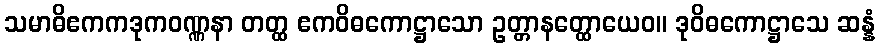
သမာဓိဧကကဒုကဝဏ္ဏနာ တတ္ထ ဧကဝိဓကောဋ္ဌာသော ဥတ္တာနတ္ထောယေဝ။ ဒုဝိဓကောဋ္ဌာသေ ဆန္နံ